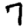
Digit: 7